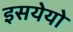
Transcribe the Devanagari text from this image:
इसयेयो